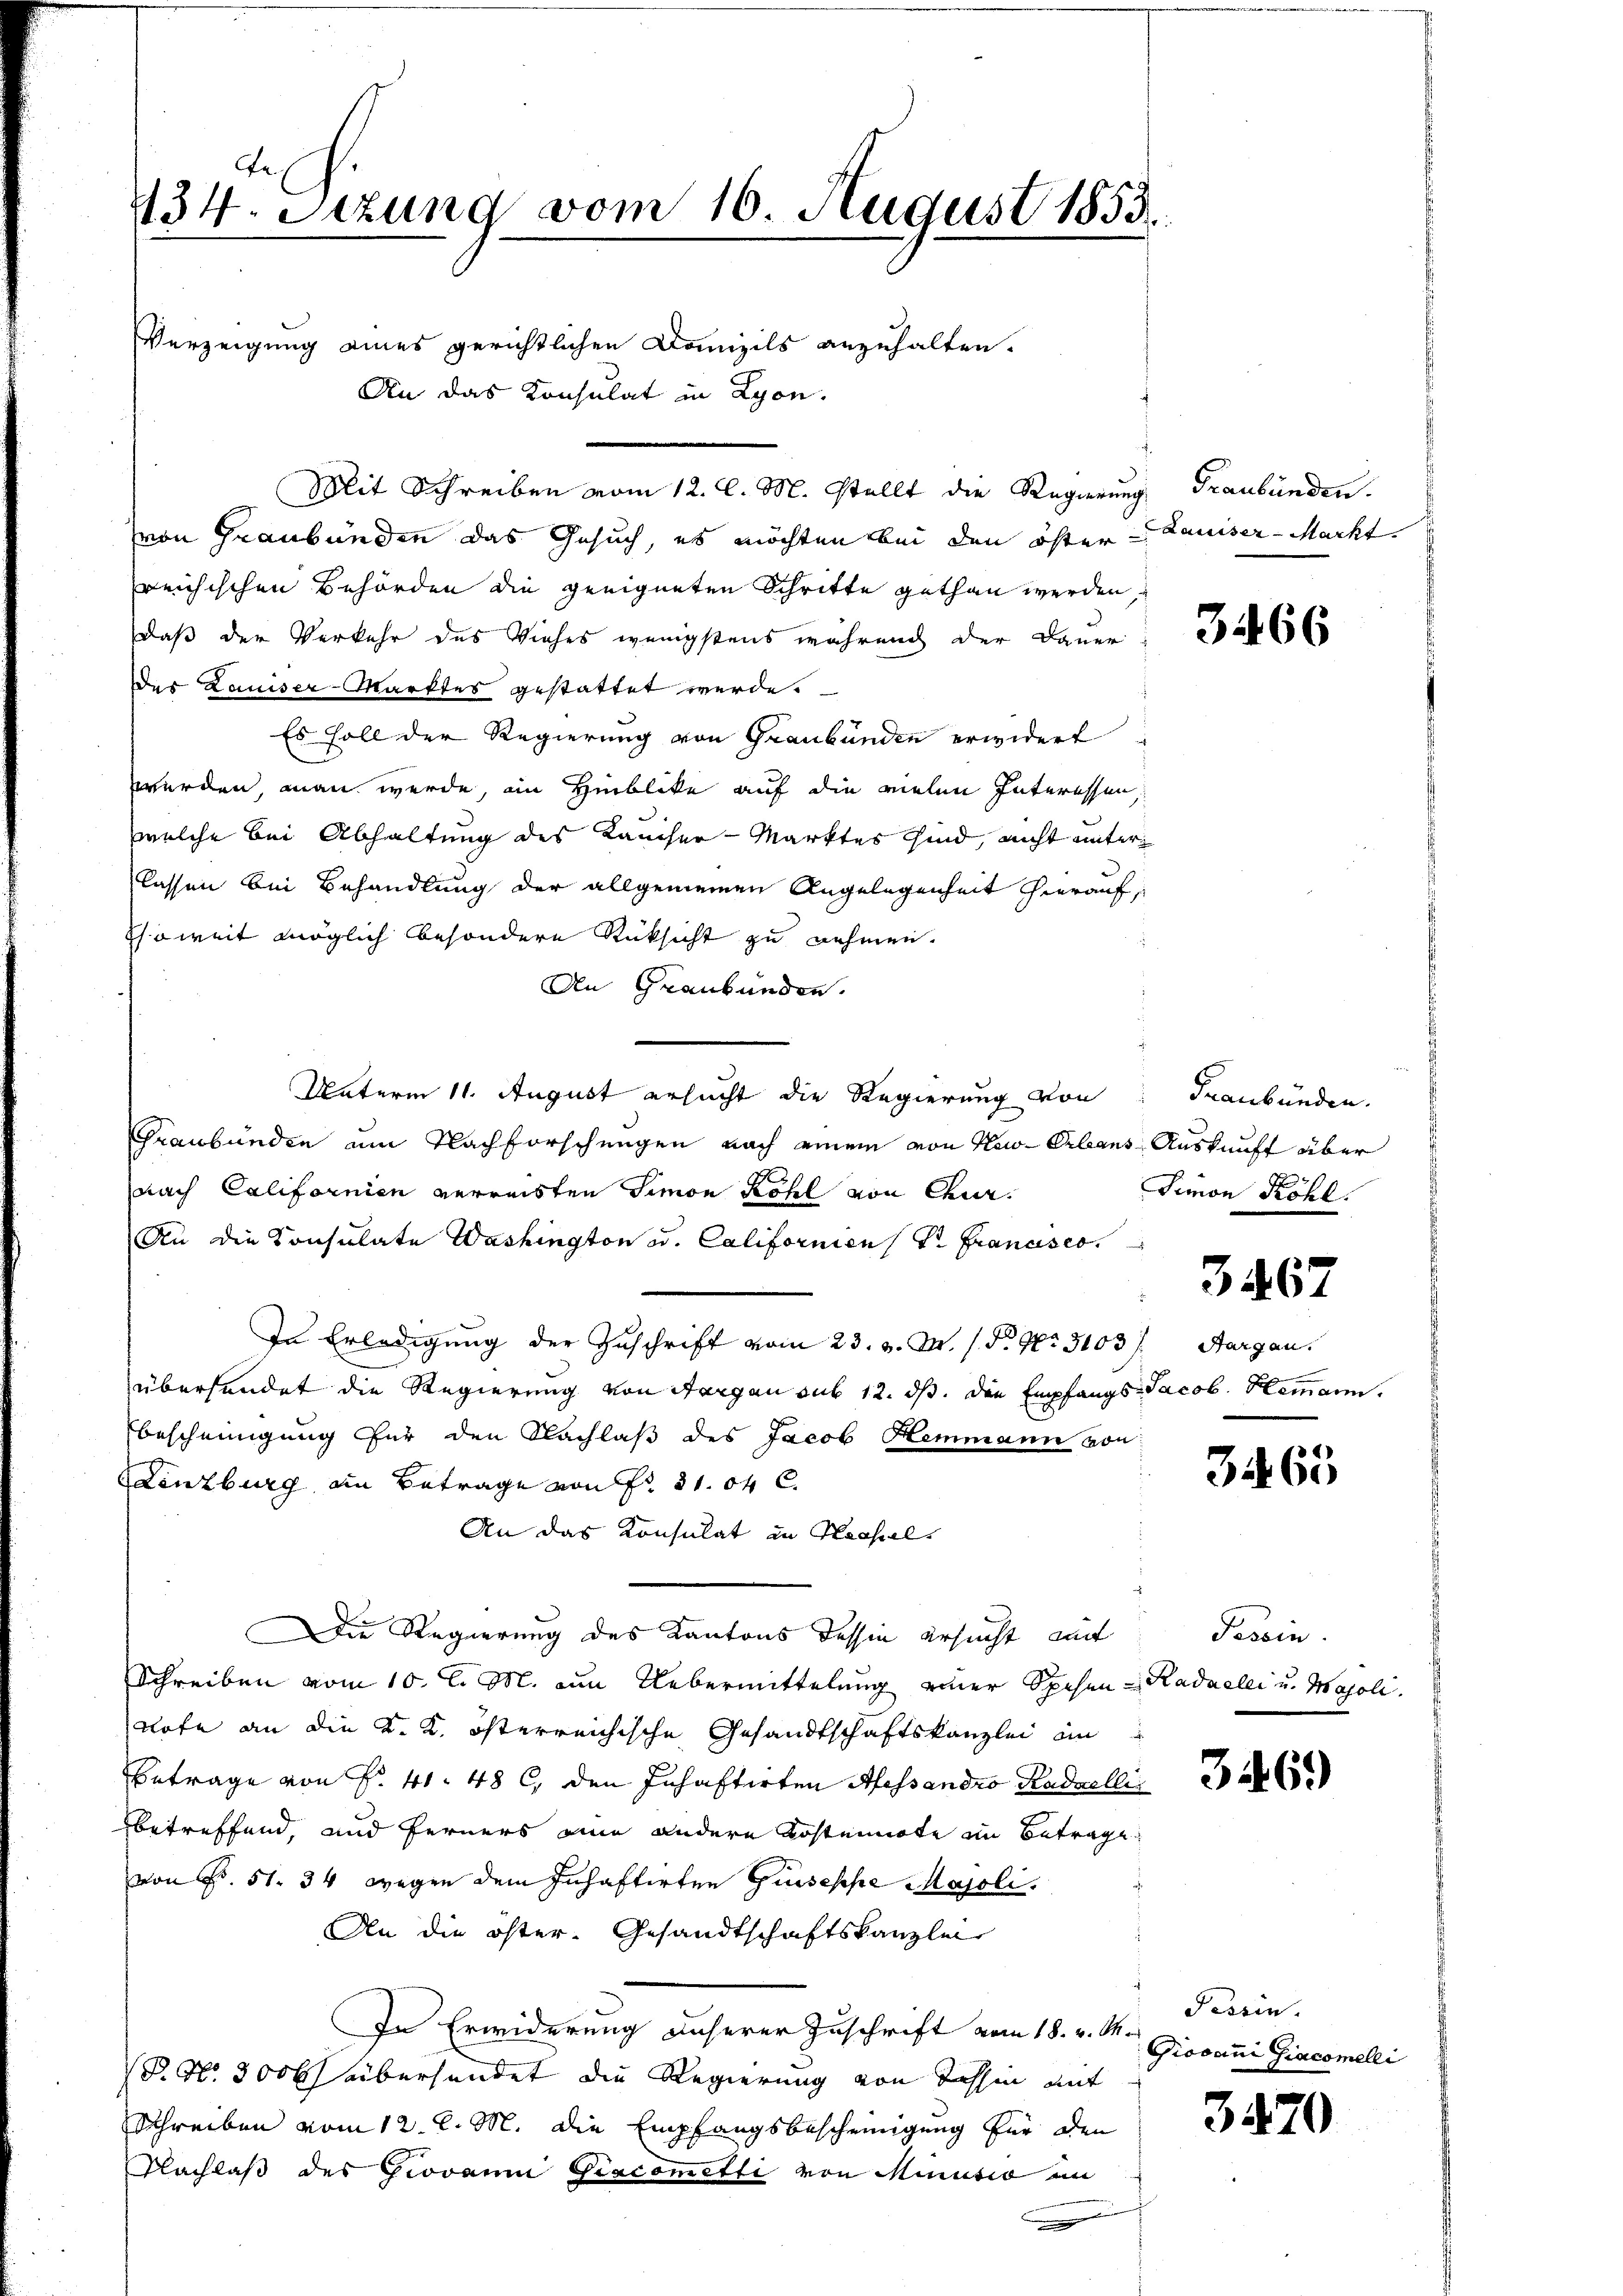
434. Sizung vom 16. August 1853.

Verzeigung eines gerichtlichen Domizils anzuhalten.
An das Konsulat in Lyon.
von Graubünden das Gesuch, es möchten bei den öster Lauiser-Markt
reichischen Behörden die geeigneten Schritte gethan werden
daß der Verkehr des Viehes wenigstens während der Dauer
Der Lauiser-Marktes gestattet werde.
Es soll der Regierung von Graubünden erwidert
werden, man werde, in Hinblike auf die vielen Interessen,
welche bei Abhaltung des Kaiser-Marktes sind, nicht unter
lassen bei Behandlung der allgemeinen Angelegenheit hierauf,
Esoweit möglich besondere Rücksicht zu nehmen.
An Graubünden.
Unterm 11. August ersucht die Regierung von Graubünden.
Graubünden am Nachforschungen nach einem von New-Orleans Auskunft über
nach Californien verreisten Simon Köhl von Chir
An die Consulate Washington u. Californienst. Francseo
In Erledigung der Zuschrift vom 23. v. M. s. S. Nr. 3103. Aargau.
übersendet die Regierung von Aargau sub 12. ds. die Empfangs Jacob. Hemann.
bescheinigung für den Nachlaß des Jacob Hemmann von
Lenzburg an Betrage von Fr. 31. 64 C.
An das Konsulat in Prosel
Die Regierung des Kantons dessin ersucht auf
Schreiben vom 10. l. M. um Uebermittelung einer Spesen-Kadaelei u. Majoli.
Note an die K. K. österreichische Gesandtschaftskanzlei an
Betrage von S. 41. 48 l., den Inhaftirten Alessandro Kadailli
betreffend, und ferners eine andere Kostennote im Betrage
von Fr. 51. 34 wegen dem Inhaftirten Guisesche Majoli
An die öster. Gesandtschaftskanzlei
In Erwiderung unserer Zuschrift vom 18. v. M.
P. Nr. 3000 übersendet die Regierung von Tessin mit
Schreiben vom 12. l. M. die Empfangsbescheinigung für den
Nachlaß des Giovan Giacometti von Minusio un

Mit Schreiben vom 12. l. M. stellt die Regierung Graubünden.

3466

Simon Röhl.

3467

32. 65

Tessin.

3469

Tessin.
Giovani Giacomelei

3470